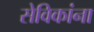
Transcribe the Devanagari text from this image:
सेविकांना